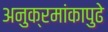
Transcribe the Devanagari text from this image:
अनुक्रमांकापुढे